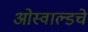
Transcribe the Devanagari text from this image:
ओस्वाल्डचे